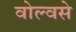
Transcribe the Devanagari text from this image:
वोल्वसे